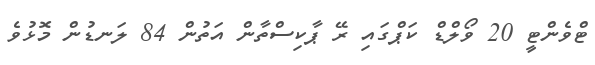
ޓްވެންޓީ 20 ވޯލްޑް ކަޕްގައި ރޭ ޕާކިސްތާން އަތުން 84 ލަނޑުން މޮޅުވެ